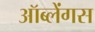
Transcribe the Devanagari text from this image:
ऑब्लेंगस